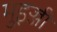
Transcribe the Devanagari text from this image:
मुइज्जी